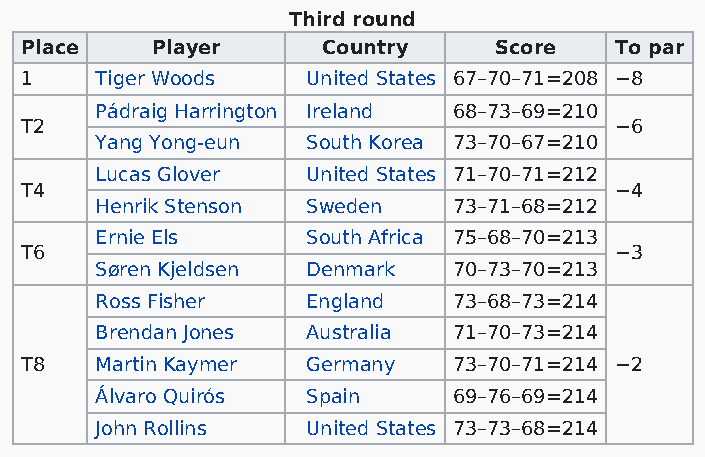
Third round
 Place    Player     Country     Score   To par
 1    Tiger Woods   United States 67–70–71=208 −8
 Pádraig Harrington Ireland 68–73–69=210
 T2                                      −6
 Yang Yong-eun South Korea 73–70–67=210
 Lucas Glover  United States 71–70–71=212
 T4                                      −4
 Henrik Stenson Sweden   73–71–68=212
 Ernie Els     South Africa 75–68–70=213
 T6                                      −3
 Søren Kjeldsen Denmark  70–73–70=213
 Ross Fisher   England   73–68–73=214
 Brendan Jones Australia 71–70–73=214
 T8   Martin Kaymer Germany   73–70–71=214 −2
 Álvaro Quirós Spain     69–76–69=214
 John Rollins  United States 73–73–68=214